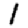
Digit: 1